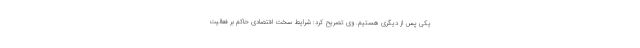
یکی پس از دیگری هستیم. وی تصریح کرد: شرایط سخت اقتصادی حاکم بر فعالیت